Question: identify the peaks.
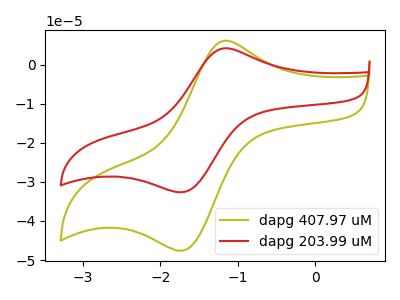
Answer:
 <answer>The olive curve "dapg 407.97 uM" has an anodic peak at (-1.15V, 6.15uA) and a cathodic peak at (-1.70V, -47.40uA). The red curve "dapg 203.99 uM" has an anodic peak at (-1.15V, 4.20uA) and a cathodic peak at (-1.70V, -32.50uA).</answer>
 <eval></eval>